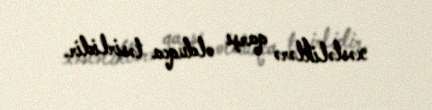
xəstəliklərə qarşı olduqca təsirlidir.